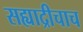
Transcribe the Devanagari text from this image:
सह्याद्रीचाच